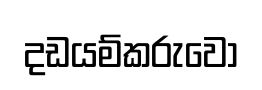
දඩයම්කරුවෝ